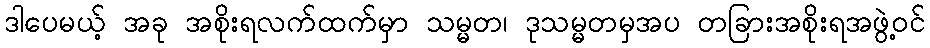
ဒါပေမယ့် အခု အစိုးရလက်ထက်မှာ သမ္မတ၊ ဒုသမ္မတမှအပ တခြားအစိုးရအဖွဲ့ဝင်